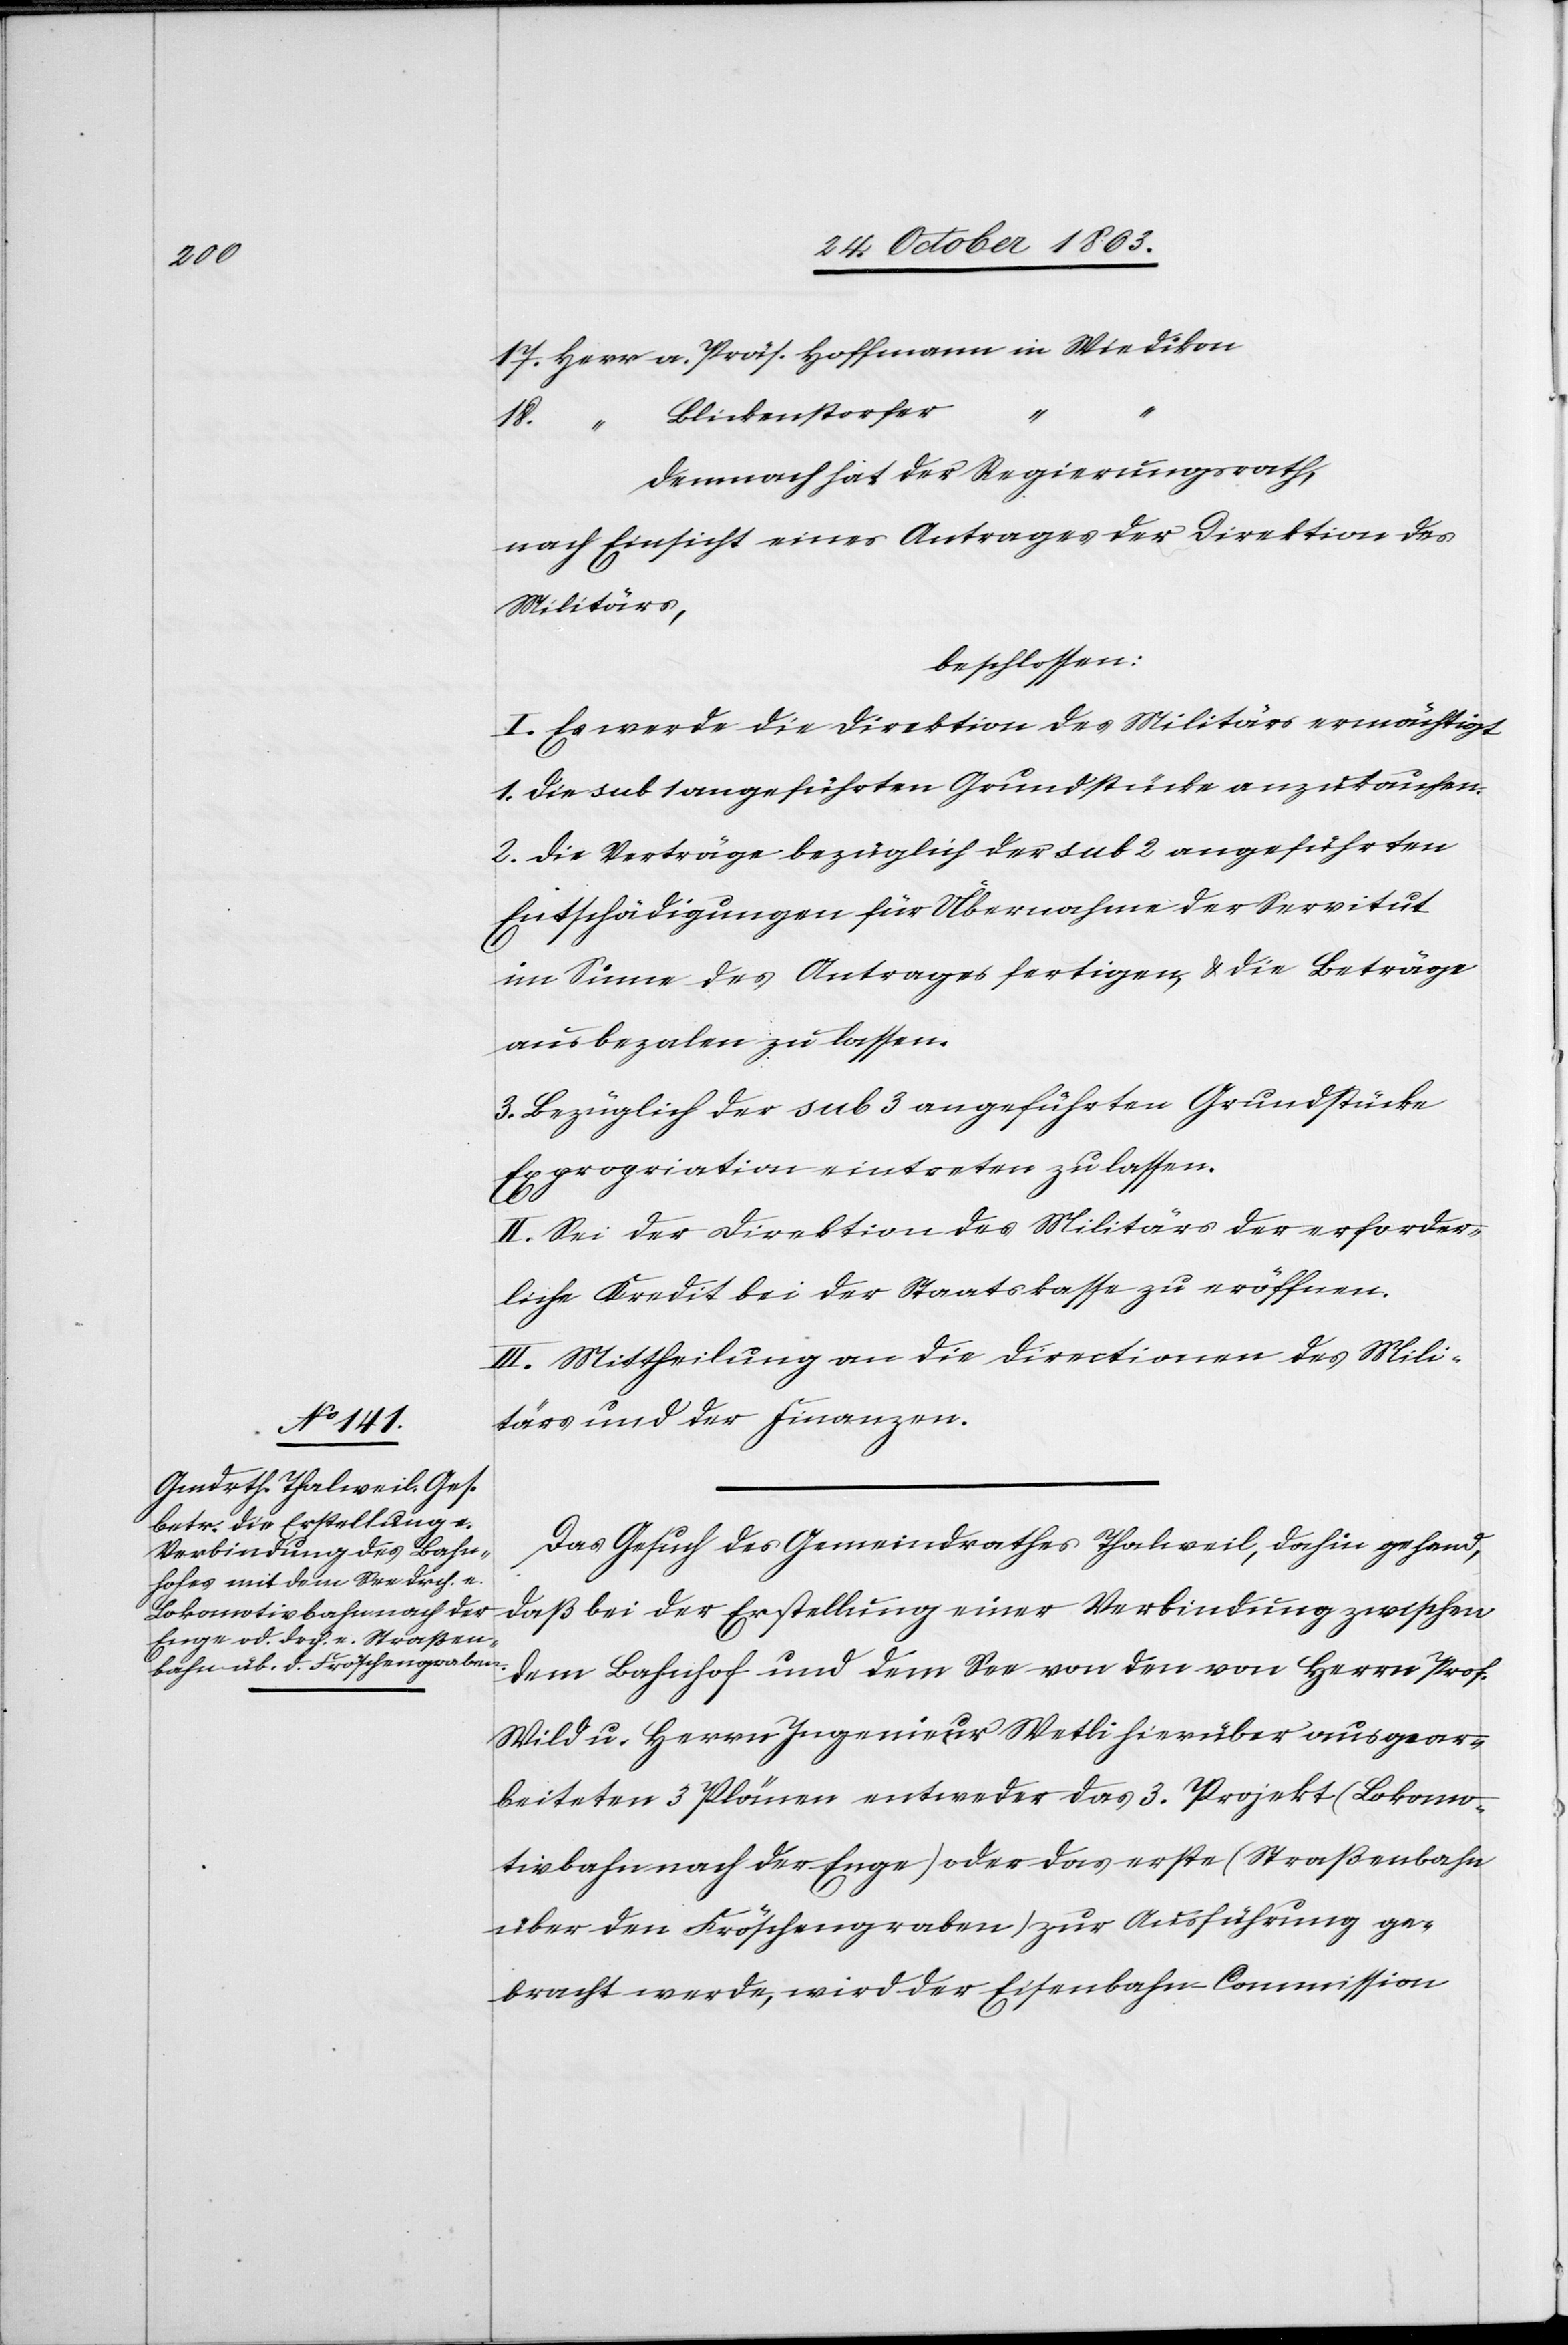
17.

Blickenstorfer
a.
Demnach hat der Regierungsrath,
nach Einsicht eines Antrages der Direktion des
Militärs,
beschlossen:
I. Es werde die Direktion des Militärs ermächtigt
1. Die sub 1 angeführten Grundstücke anzukaufen.
2. Die Verträge bezüglich der sub 2 angeführten
Entschädigungen für Übernahme der Servitut
im Sinne des Antrages fertigen, & die Beträge
ausbezalen zu lassen.
3. Bezüglich der sub 3 angeführten Grundstücke
Expropriation eintreten zu lassen.
18.
II. Sei der Direktion des Militärs der erforder¬
liche Kredit bei der Staatskasse zu eröffnen.
III. Mittheilung an die Directionen des Mili¬
tärs und der Finanzen.
Das Gesuch des Gemeindrathes Thalweil, dahin gehend,
daß bei der Erstellung einer Verbindung zwischen
dem Bahnhof und dem See von den von Herrn Prof.
Wild u. Herrn Ingenieur Wetli hierüber ausgear¬
beiteten 3 Plänen entweder das 3. Projekt (Lokomo¬
tivbahn nach der Enge) oder das erste (Straßenbahn
über den Fröschengraben) zur Ausführung ge¬
bracht werde, wird der Eisenbahn-Commission